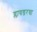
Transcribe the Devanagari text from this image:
ग्लायडरचा